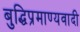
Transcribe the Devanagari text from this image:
बुद्धिप्रमाण्यवादी